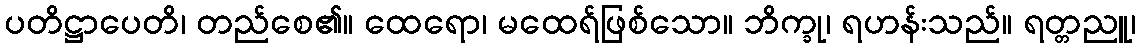
ပတိဋ္ဌာပေတိ၊ တည်စေ၏။ ထေရော၊ မထေရ်ဖြစ်သော။ ဘိက္ခု၊ ရဟန်းသည်။ ရတ္တညူ၊